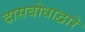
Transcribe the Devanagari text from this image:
दासबोधाद्वारे